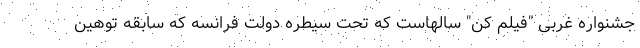
جشنواره غربی "فیلم کن" سالهاست که تحت سیطره دولت فرانسه که سابقه توهین